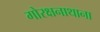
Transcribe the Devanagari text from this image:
गोरक्षनाथाना